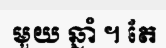
មួយ ឆ្នាំ ។ តែ